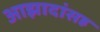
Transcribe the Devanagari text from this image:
आझादांसह